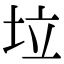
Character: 垃